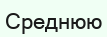
Среднюю